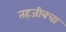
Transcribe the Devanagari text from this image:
तहजीबचा